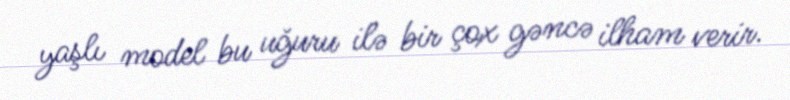
yaşlı model bu uğuru ilə bir çox gəncə ilham verir.